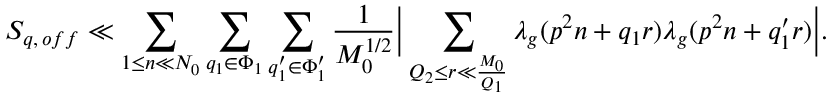
S _ { q , \, o f f } \ll \sum _ { 1 \leq n \ll N _ { 0 } } \sum _ { q _ { 1 } \in \Phi _ { 1 } } \sum _ { q _ { 1 } ^ { \prime } \in \Phi _ { 1 } ^ { \prime } } \frac { 1 } { M _ { 0 } ^ { 1 / 2 } } \Big | \sum _ { Q _ { 2 } \leq r \ll \frac { M _ { 0 } } { Q _ { 1 } } } \lambda _ { g } ( p ^ { 2 } n + q _ { 1 } r ) \lambda _ { g } ( p ^ { 2 } n + q _ { 1 } ^ { \prime } r ) \Big | .